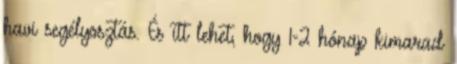
havi segélyosztás. És itt lehet, hogy 1-2 hónap kimarad